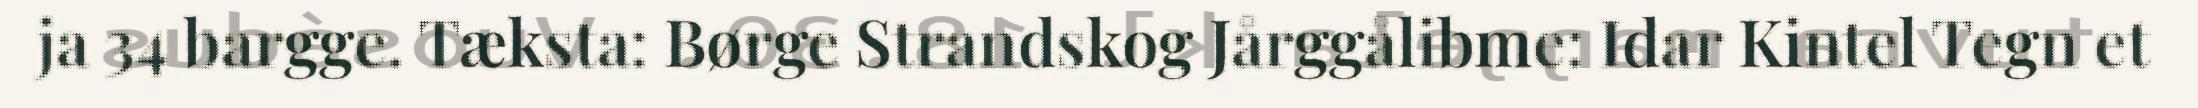
ja 34 bargge. Tæksta: Børge Strandskog Jårggålibme: Idar Kintel Tegn et